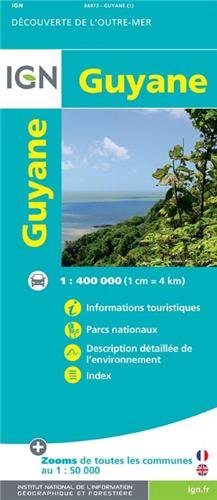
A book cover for Guyana (French) Domtom 2014: IGN84973; Travel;